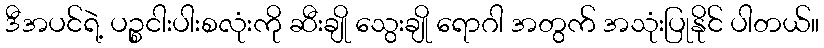
ဒီအပင်ရဲ့ ပဉ္စငါးပါးစလုံးကို ဆီးချို သွေးချို ရောဂါ အတွက် အသုံးပြုနိုင် ပါတယ်။